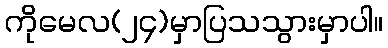
ကိုမေလ(၂၄)မှာပြသသွားမှာပါ။